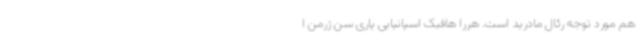
هم مورد توجه رئال مادرید است. هررا هافبک اسپانیایی پاری سن ژرمن ا